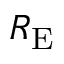
R _ { \mathrm { { E } } }